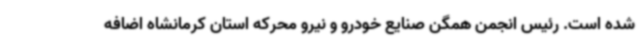
شده است. رئیس انجمن همگن صنایع خودرو و نیرو محرکه استان کرمانشاه اضافه